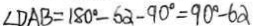
\angle D A B = 1 8 0 ^ { \circ } - 6 \alpha - 9 0 ^ { \circ } = 9 0 ^ { \circ } - 6 \alpha